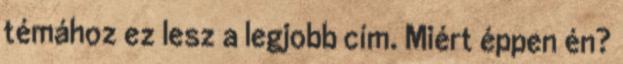
témához ez lesz a legjobb cím. Miért éppen én?